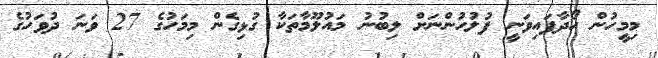
މިމީހުން ހޯދާފައިވަނީ ފުލުހުންނަށް ލިބުނު މައުލޫމާތަކާ ގުޅިގެން މިމަހުގެ 27 ވަނަ ދުވަހުގެ